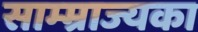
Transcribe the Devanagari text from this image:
साम्म्राज्यका